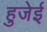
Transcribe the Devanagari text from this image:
हुजेई